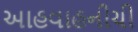
આહવાહનીચી